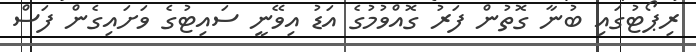
ރިޕޯޓުގައި ބުނާ ގޮތުން ފަރު ގޮއްވުމުގެ އަޑު އިވޭނީ ސައިޓުގެ ވަށައިގެން ފަސް